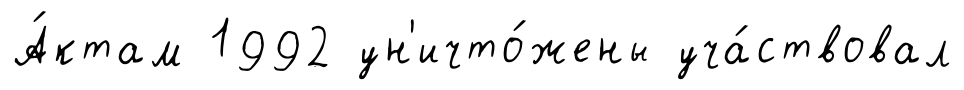
А́ктам 1992 ун'ичто́жены уча́ствовал